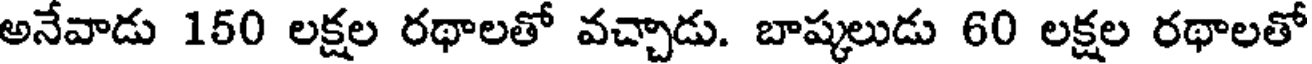
అనేవాడు 150 లక్షల రథాలతో వచ్చాడు. బాష్కలుడు 60 లక్షల రథాలతో